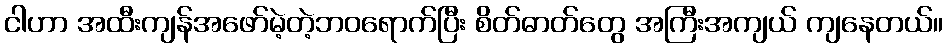
ငါဟာ အထီးကျန်အဖော်မဲ့တဲ့ဘဝရောက်ပြီး စိတ်ဓာတ်တွေ အကြီးအကျယ် ကျနေတယ်။